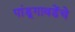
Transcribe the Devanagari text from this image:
पांडूगावडेंचे